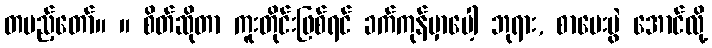
တပည့်တော်။ ။ စိတ်ဆိုတာ ကူးတိုင်းဖြစ်ရင် ခက်ကုန်မှာပေါ့ ဘုရား, စာမေးပွဲ အောင်လို့